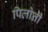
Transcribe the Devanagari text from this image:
पिलोती